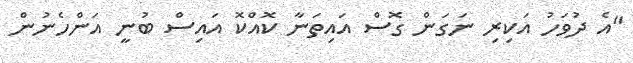
"އެ ދުވަހު އަކިރި ނަގަން ގޮސް އައިތަނާ ކޮއްކޮ އައިސް ބުނީ އަންހެނުން